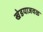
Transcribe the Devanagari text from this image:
खेडयाजवळ